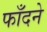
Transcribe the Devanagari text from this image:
फाँदने